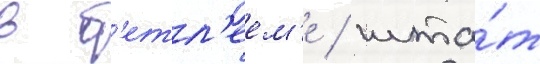
в б'етл'еем'е / шта́т